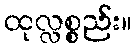
ထုလ္လစ္စည်း။